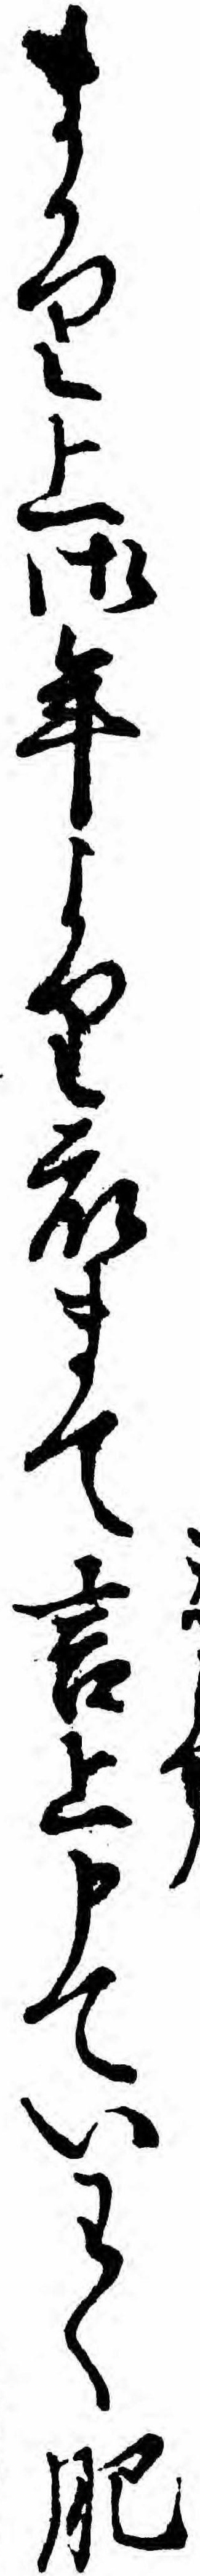
まかり上御年より衆まて言上申ていわく肥